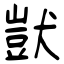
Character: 獃